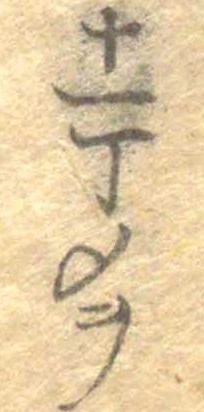
十一丁メヲ